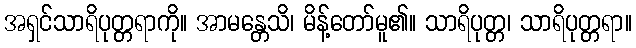
အရှင်သာရိပုတ္တရာကို။ အာမန္တေသိ၊ မိန့်တော်မူ၏။ သာရိပုတ္တ၊ သာရိပုတ္တရာ။